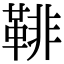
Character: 𩋂